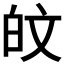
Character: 𪽼